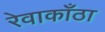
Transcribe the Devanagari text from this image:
रेवाकाँठा